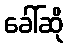
ခေါ်ဆို